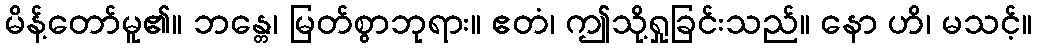
မိန့်တော်မူ၏။ ဘန္တေ၊ မြတ်စွာဘုရား။ ဧတံ၊ ဤသို့ရှုခြင်းသည်။ နော ဟိ၊ မသင့်။